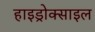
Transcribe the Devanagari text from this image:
हाइड्रोक्साइल